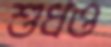
শুধও